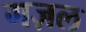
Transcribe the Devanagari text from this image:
गज़ल